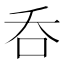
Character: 呑